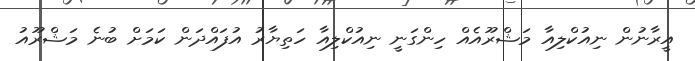
އީރާނުން ނިއުކްލިއާ މަޝްރޫއެއް ހިންގަނީ ނިއުކްލިއާ ހަތިޔާރު އުފައްދަން ކަމަށް ބުނެ މަޝްރޫއު